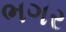
ભગર